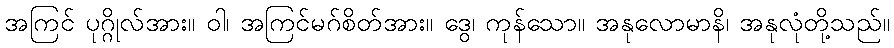
အကြင် ပုဂ္ဂိုလ်အား။ ဝါ၊ အကြင်မဂ်စိတ်အား။ ဒွေ၊ ကုန်သော။ အနုလောမာနိ၊ အနုလုံတို့သည်။